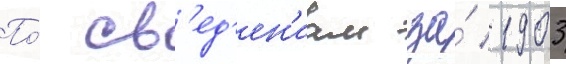
По́ св'ед'ен'иам за́ 1903